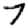
Digit: 7